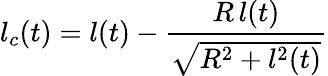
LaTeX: l_{c}(t)=l(t)-\frac{R\, l(t)}{\sqrt{R^{2}+l^{2}(t)}}